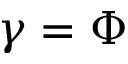
\gamma = \Phi